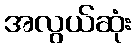
အလွယ်ဆုံး